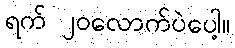
ရက် ၂၀လောက်ပဲပေါ့။